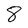
Character: 8